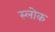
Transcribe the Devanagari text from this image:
स्लोक